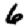
Digit: 6